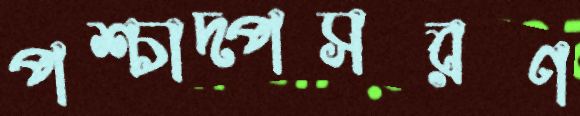
পশ্চাদ্পসরণ